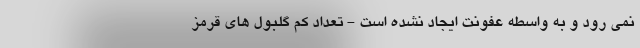
نمی رود و به واسطه عفونت ایجاد نشده است - تعداد کم گلبول های قرمز